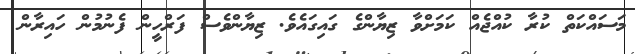
މަސައްކަތް ކުރާ ކުއްޖެއް ކަމަށްވާ ޒިޔާންގެ ގައިގައެވެ. ޒިޔާންވެސް ފަރްހީން ފެނުމުން ހައިރާން